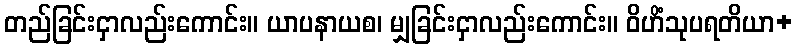
တည်ခြင်းငှာလည်းကောင်း။ ယာပနာယစ၊ မျှခြင်းငှာလည်းကောင်း။ ဝိဟိံသုပရတိယာ+